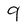
Character: 9